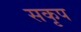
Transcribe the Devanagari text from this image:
सकृप